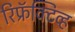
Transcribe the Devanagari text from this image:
रिफ्रॅक्‍टिव्ह